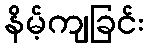
နိမ့်ကျခြင်း